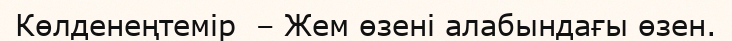
Көлденеңтемір  – Жем өзені алабындағы өзен.